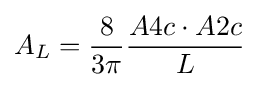
{A}_{L}={\frac {8}{3\pi }}{\frac {A4c\cdot A2c}{L}}